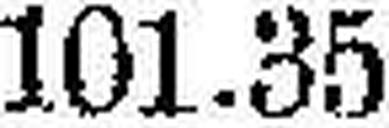
101.35